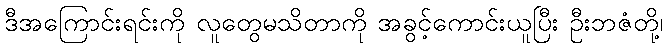
ဒီအကြောင်းရင်းကို လူတွေမသိတာကို အခွင့်ကောင်းယူပြီး ဦးဘဇံတို့၊